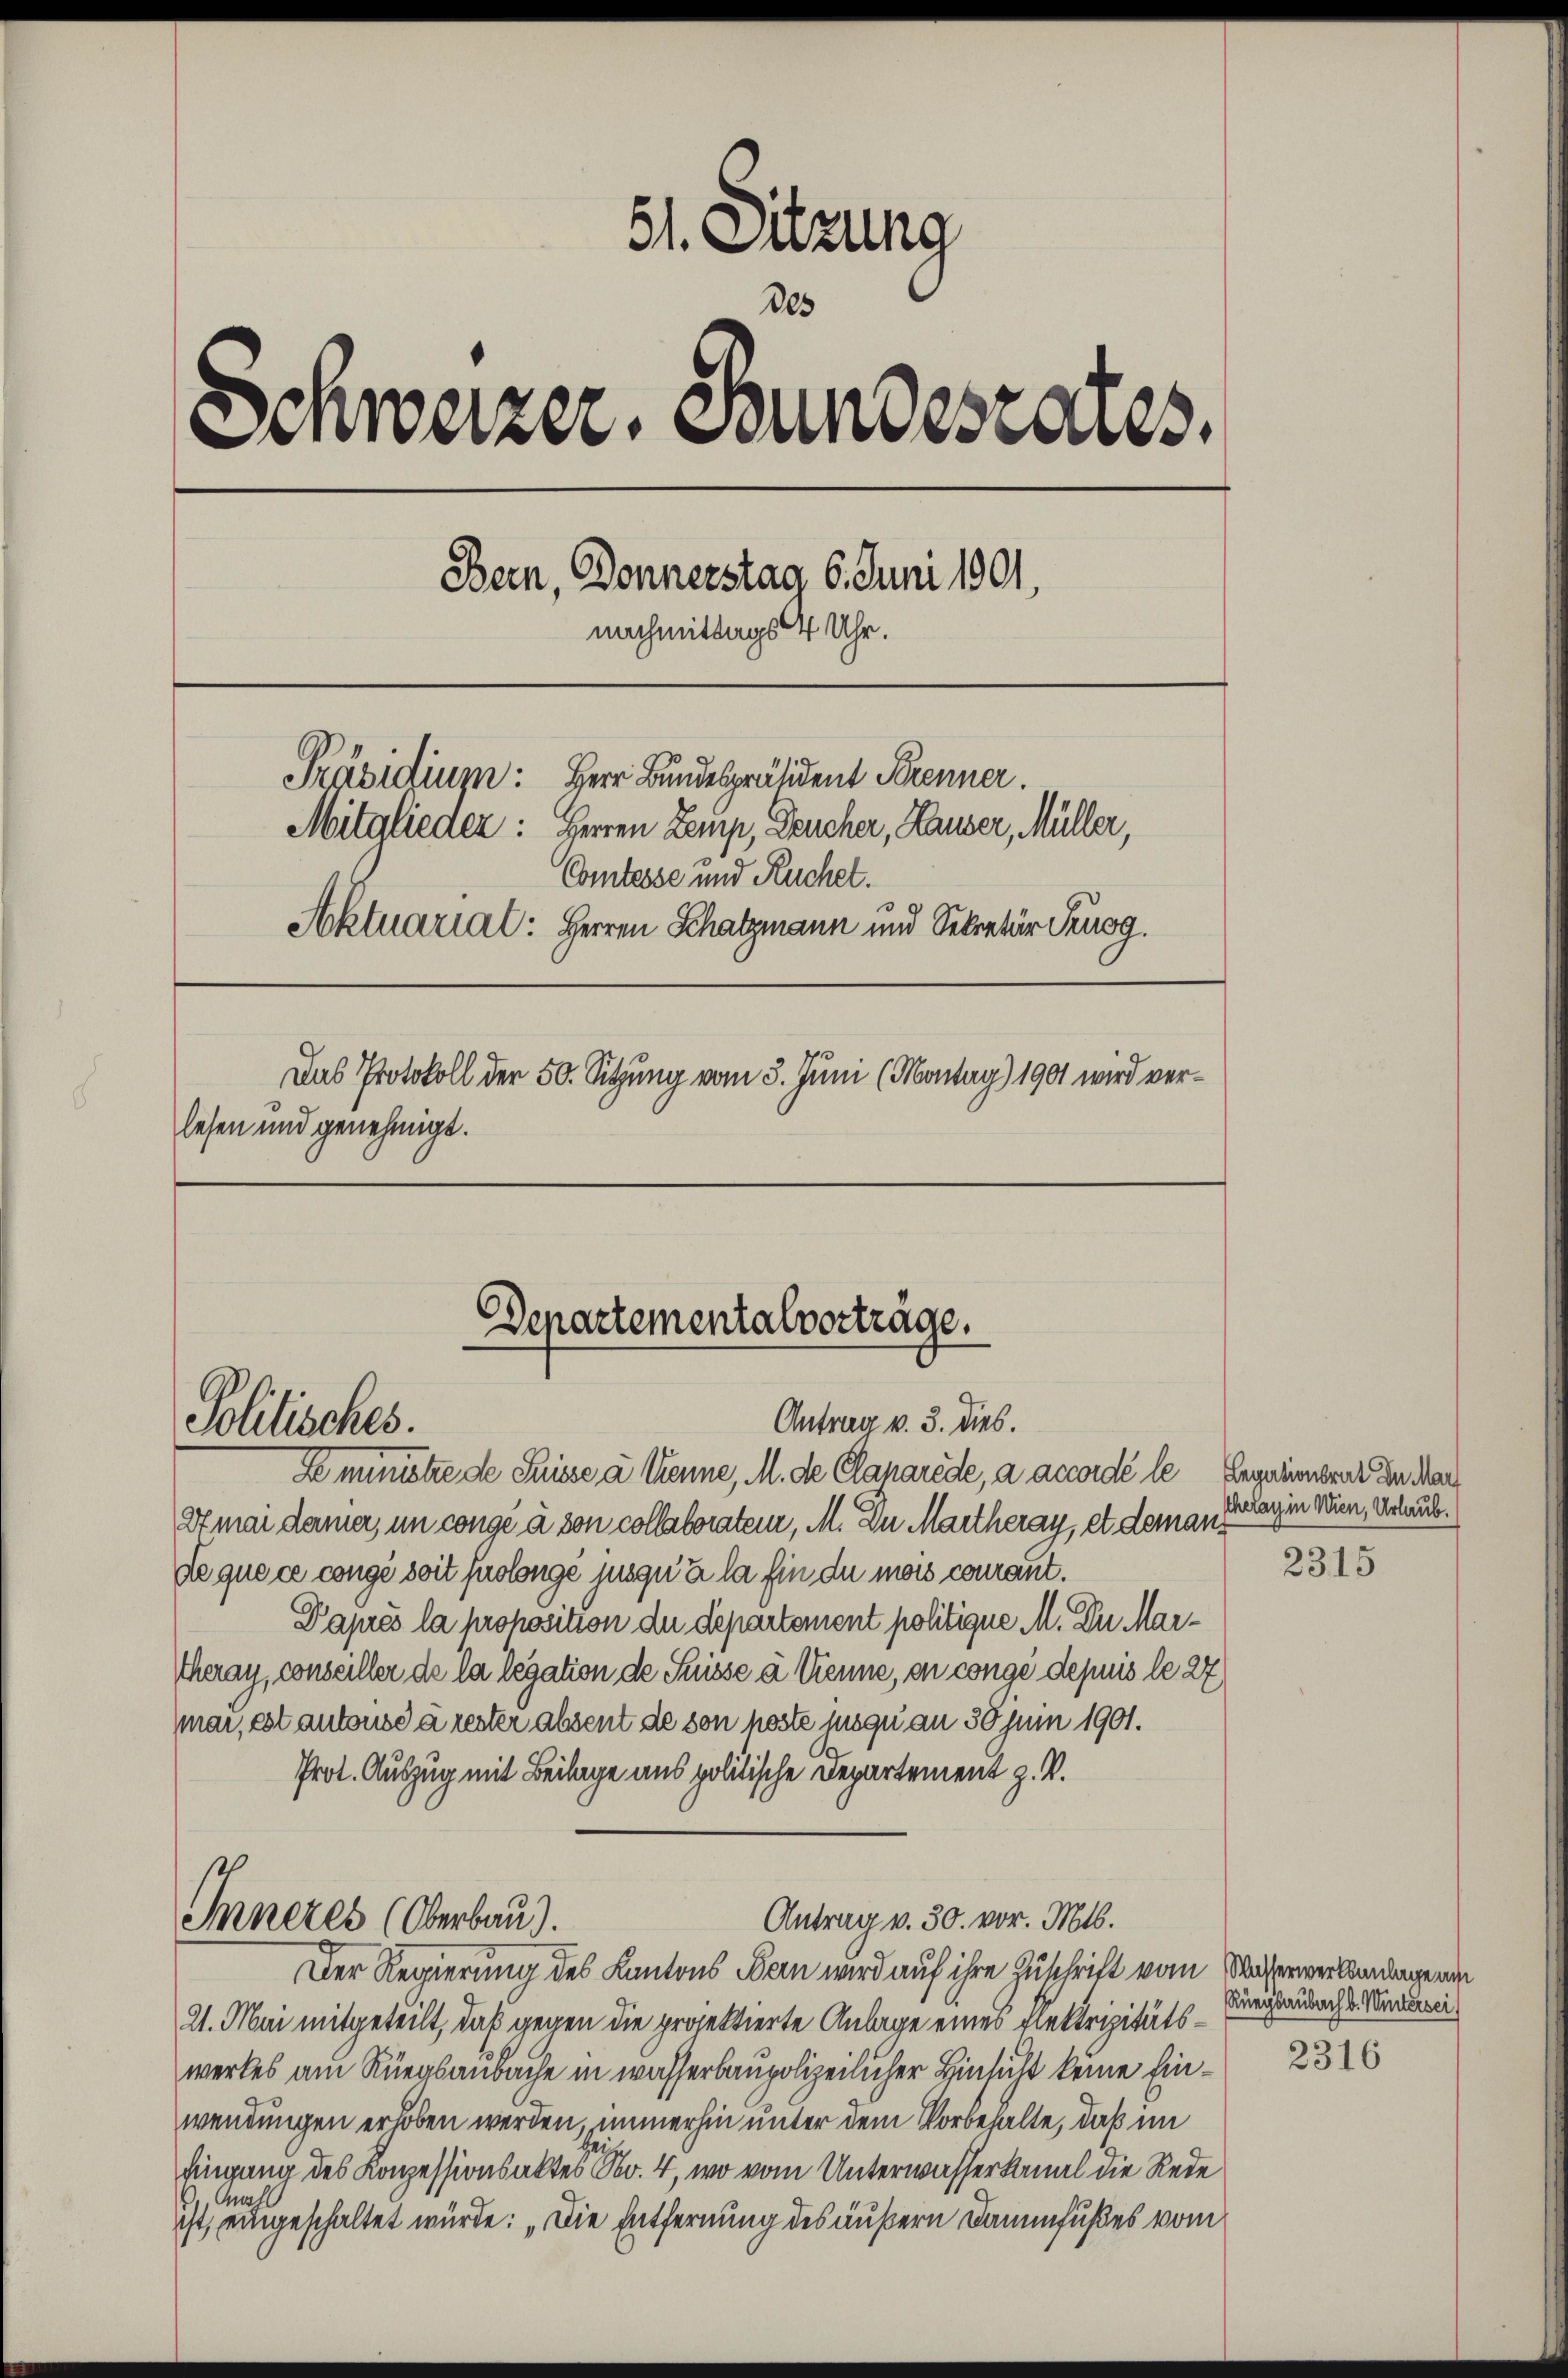
51. Sitzung
des
Schweizer. Stundesrates.
Bern, Donnerstag 6. Juni 1901
nachmittags 4 Uhr.
Präsidium: Herr Bundespräsident Krenner.
Mitglieder: Herren Lemp, Deucher, Hauser, Müller,
Comtesse und Ruchet.
Aktuariat: Herren Schatzmann und Sekretär Trusg.
Das Protokoll der 50. Sitzung vom 3. Juni (Montag) 1901 wird verlesen und genehmigt.

Departementalverträge.
Antrag v. 3. dies.
Politisches.

Inneres (Oberbau).

Leminstre de Suisse a kenne, M. de Clanarede, a accordé le Erguenseit zu Mar
Stmai derer, um congé à son collatoraten, M. In Martheray, et demande que ce congé soit suolonge jusqu’à la fin du mois courant.
Daprès la proposition die Departement politige M. Du Mar¬
Theray, conseiller de la legation de Suisse à Nenne, on conge depuis le 27
mar, est autouse à rester absent de son poste jusqu am 30 Juni 1901.
Prot. Auszug mit Beilage aus politische Departement z. B.

Antrag v. 30. vor. Mts.

Der Regierung des Kantons Bern wird auf ihre Zuschrift vom Wasserwerksanlagen
21. Mai mitgeteilt, daß gegen die projektierte Anlage eines Elektrizitätswerkes am Rüegsaubache in wasserbaupolizeilicher Hinsicht keine Einwendungen erhoben werden immerhin unter dem Vorbehalte, daß im
fingung des Konzessionsaktes N. 4, wo vom Unterwasserkanal die Rede
, Mahl
ist, eingeschaltet würde: „Die Entfernung des äußern Dammfußes vom

scheray in Wien, Urlaub.

2315

Rüegsaubach b. Wintersei

2316